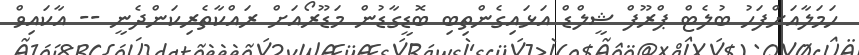
ހަމަލާއަށްފަހު ބުލެޓް ޕްރޫފް ޝީލްޑް އަޅައިގެންތިބި ބޮޑީގާޑުން މަޑޫރޯއަށް ރައްކާތެރިކަންދެނީ -- އާކައިވް